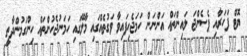
ޔޮޓް ފަހަރާއި ޕެސެންޖަ ލައިންތައް އަންނަން ހަމަޖެހިފައިވާ ވަގުތެއްގައި މާލޭގައި ހަމަނުޖެހުންތައް ހިންގަމުންދާތީ